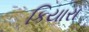
કિયારા